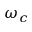
\omega _ { c }